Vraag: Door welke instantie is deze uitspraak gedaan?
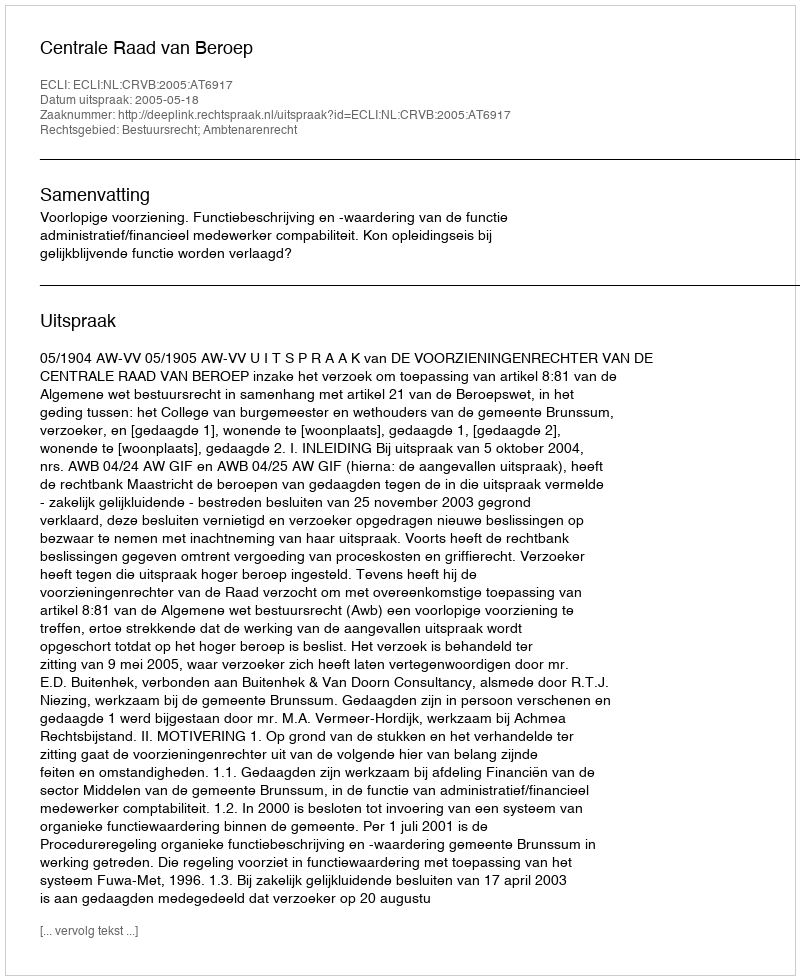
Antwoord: Centrale Raad van Beroep